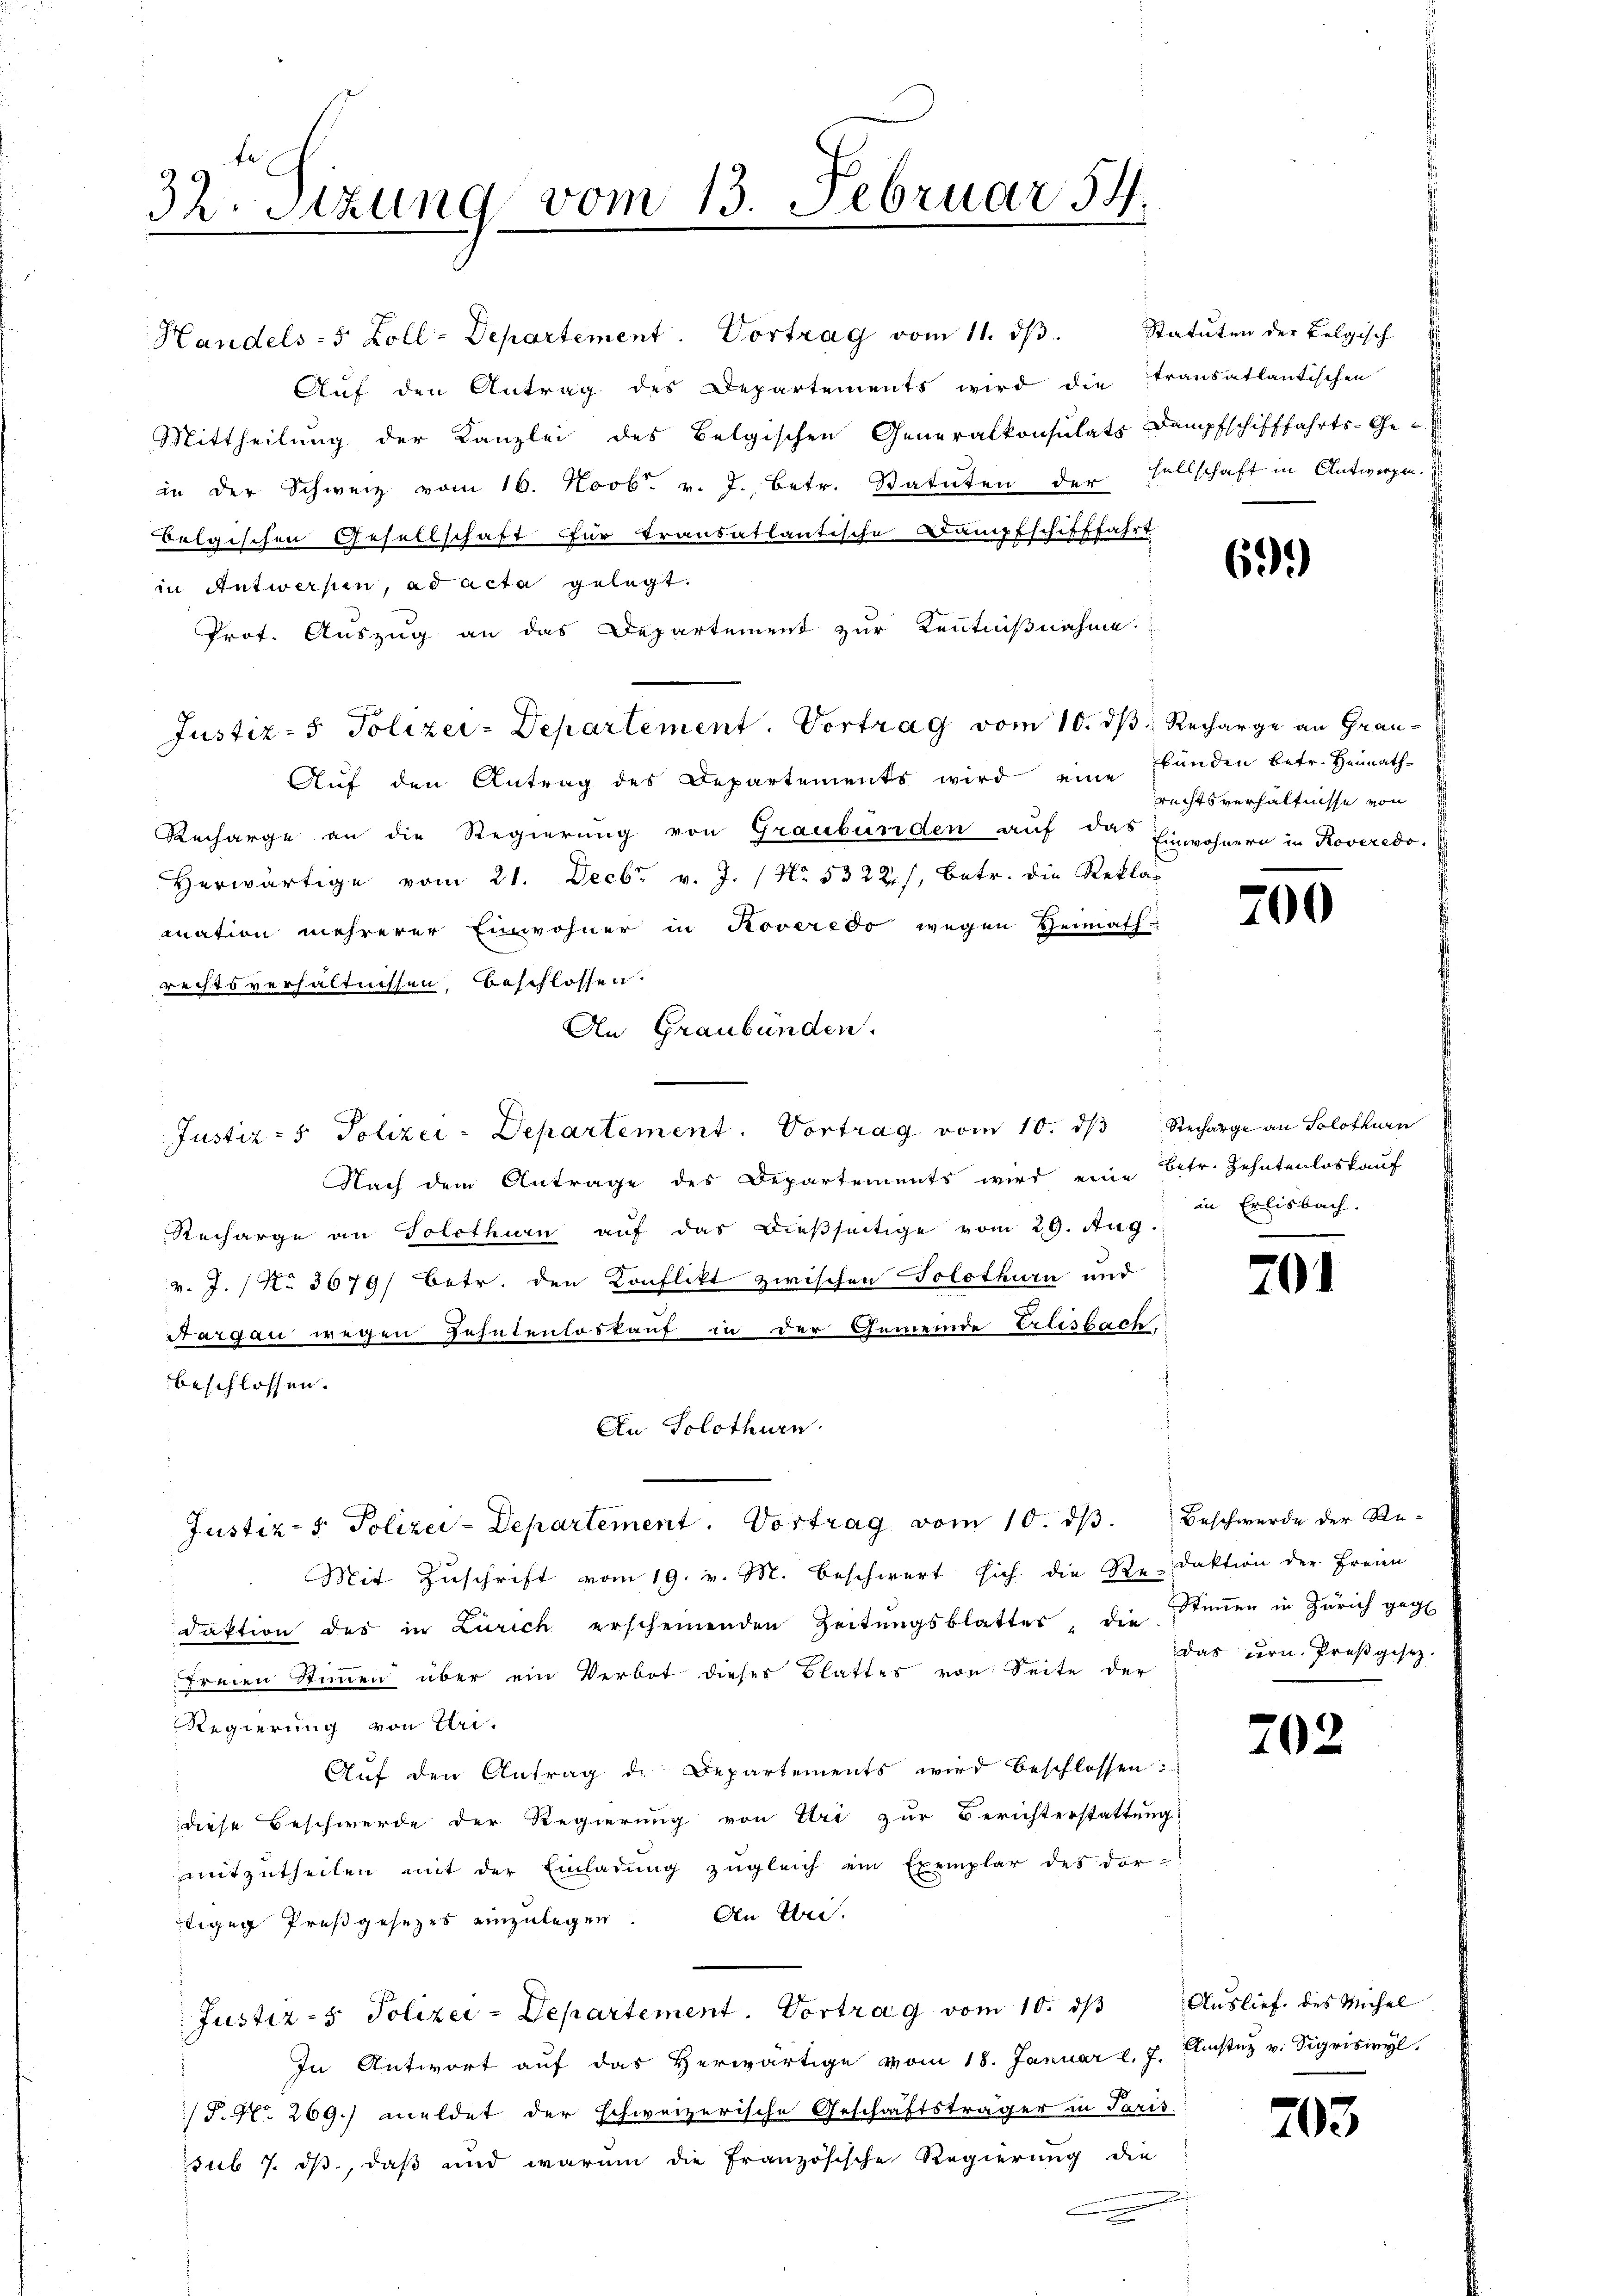
32. Sitzung vom 13. Februar 54.

Handels- 5 Zoll-Departement. Vortrag vom 11. ds.
Aŭf den Antrag des Departements wird die transatlantischen
Mittheilung der Kanzlei des Belgischen Generalkonsulats Dampfschifffahrts-Ge-
in der Schweiz vom 16. Novbr. v. J., betr. Statuten der sellschaft in Antworfen.
bolgischen Gesellschaft für transatlantische Dampfschifffahrt
in Antwerfen, ad acta gelegt.
Prot. Auszug an das Departement zur Kenntnißnahme
1
Justiz- & Polizei-Departement. Vortrag vom 10. ds Recharge an Grau¬
Auf den Antrag des Departements wird eine Funden betr. Heimath-
Recharge an die Regierung von Graubünden auf das Einwohnern in Roveredo,
Herwärtige vom 21. Decbr v. J. / No. 5322), betr. die Rekla-
mnation mehrerer Einwohner in Roveredo wegen Heimath-
rechtsverhältnissen, beschlossen.
An Graubünden.
Justiz- & Polizei-Departement. Vortrag vom 10. ds Recharge an Solothurn
Nach dem Antrage des Departements wird eine betr. Zehntenloskauf
Recharge an Solothurn aŭf das dießseitige vom 29. Aug.
v. J. / No 3679/ betr. den Konflikt zwischen Solothurn und
Sargau wegen Zehntenloskauf in der Gemeinde Erlesbach
beschlossen.
An Solothurn
Justiz- & Polizei-Departement. Vortrag vom 10. dβ. Beschwerde der Re¬
Mit Zuschrift vom 19. v. M. beschwert sich die Redaktion der Freien
daktion der in Zürich erscheinenden Zeitungsblatter, die Stimmen in Zürich geg
freien Stiṁen über ein Verbot dieser Blattes von Seite der das urn. Proβgesetz-
Regierung von Tri¬
Aŭf den Antrag d. Departements wird beschlossen:
diese Beschwerde der Regierung von Uri zur Berichterstattung
mitzutheilen mit der Einladung zugleich ein Exemplar des dor-
tige Preßgesezes einzulegen. An Wei-
Justiz-5. Polizei-Departement. Vortrag vom 10. dβ Auslief des Michel
In Antwort auf das Herwärtige vom 18. Januar l. 7. Justiz v. Sigriswyl,
J. No. 269.) meldet der schweizerische Geschriftsträger in Paris
sub 7. ds., daß und warum die Französische Regierung die
n

Statuten der Belgisch

61).

rechtsverhältnisse von

700

in Erlisbach.

201

702

203